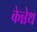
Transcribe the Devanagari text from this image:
केन्नेथ